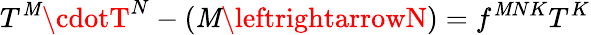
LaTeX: T^{\mathit{M}}\cdotT^{N}-(\mathit{M}\leftrightarrowN)=f^{\mathit{M}NK}T^{K}